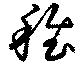
稚